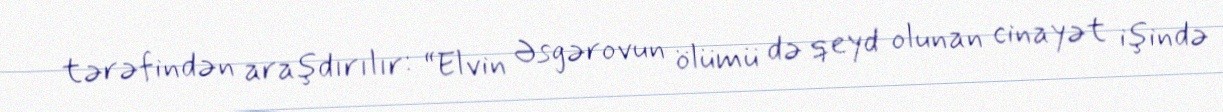
tərəfindən araşdırılır: “Elvin Əsgərovun ölümü də qeyd olunan cinayət işində